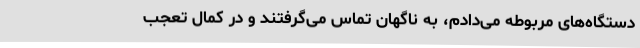
دستگاه‌های مربوطه می‌دادم، به ناگهان تماس می‌گرفتند و در کمال تعجب